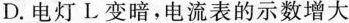
D.电灯L变暗，电流表的示数增大